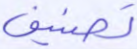
تصنيف